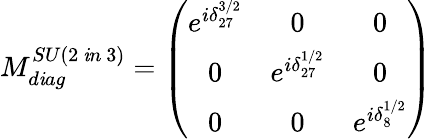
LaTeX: M_{d\mathit{i}ag}^{SU(2\mathrm{{~}}\mathit{i}n\mathrm{{~}}3)}=\left(\begin{array}{ccc}{{e^{i\delta_{27}^{3/2}}}}&{{0}}&{{0}}\\ {{0}}&{{e^{i\delta_{27}^{1/2}}}}&{{0}}\\ {{0}}&{{0}}&{{e^{i\delta_{8}^{1/2}}}}\end{array}\right)